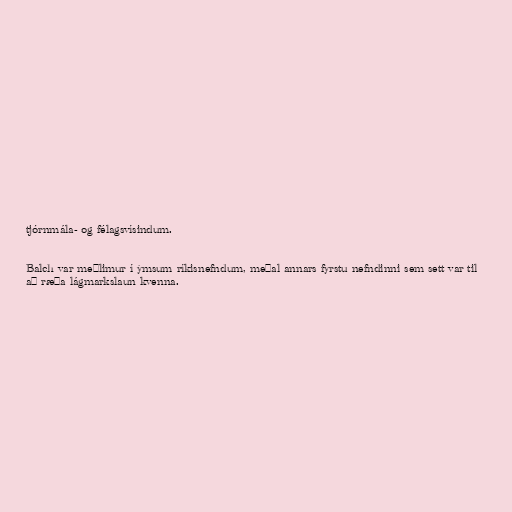
tjórnmála- og félagsvísindum.

Balch var meðlimur í ýmsum ríkisnefndum, meðal annars fyrstu nefndinni sem sett var til
að ræða lágmarkslaun kvenna.